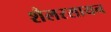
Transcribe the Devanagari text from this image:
शैलरसायन